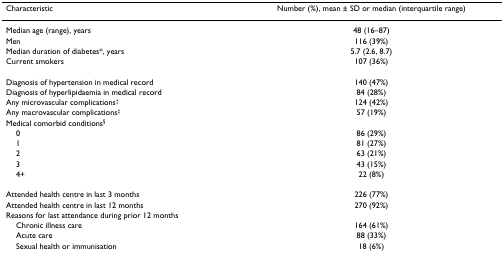
<table><thead><tr><td><b>Characteristic</b></td><td><b>Number (%), mean ± SD or median (interquartile range)</b></td></tr></thead><tbody><tr><td>Median age (range), years</td><td>48 (16–87)</td></tr><tr><td>Men</td><td>116 (39%)</td></tr><tr><td>Median duration of diabetes*, years</td><td>5.7 (2.6, 8.7)</td></tr><tr><td>Current smokers</td><td>107 (36%)</td></tr><tr><td>Diagnosis of hypertension in medical record</td><td>140 (47%)</td></tr><tr><td>Diagnosis of hyperlipidaemia in medical record</td><td>84 (28%)</td></tr><tr><td>Any microvascular complications<sup>†</sup></td><td>124 (42%)</td></tr><tr><td>Any macrovascular complications<sup>‡</sup></td><td>57 (19%)</td></tr><tr><td>Medical comorbid conditions<sup>§</sup></td><td></td></tr><tr><td> 0</td><td>86 (29%)</td></tr><tr><td> 1</td><td>81 (27%)</td></tr><tr><td> 2</td><td>63 (21%)</td></tr><tr><td> 3</td><td>43 (15%)</td></tr><tr><td> 4+</td><td>22 (8%)</td></tr><tr><td>Attended health centre in last 3 months</td><td>226 (77%)</td></tr><tr><td>Attended health centre in last 12 months</td><td>270 (92%)</td></tr><tr><td>Reasons for last attendance during prior 12 months</td><td></td></tr><tr><td> Chronic illness care</td><td>164 (61%)</td></tr><tr><td> Acute care</td><td>88 (33%)</td></tr><tr><td> Sexual health or immunisation</td><td>18 (6%)</td></tr></tbody></table>